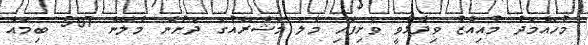
މުހައްމަދު މުއިއްޒު ވިދާޅުވީ ވެށިފަހި މާލެ މަޝްރޫއުގެ ދަށުން މާލޭން 507 ބިމެއް